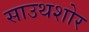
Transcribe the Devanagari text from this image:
साउथशोर